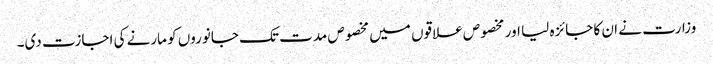
وزارت نے ان کا جائزہ لیا اور مخصوص علاقوں میں مخصوص مدت تک جانوروں کو مارنے کی اجازت دی۔